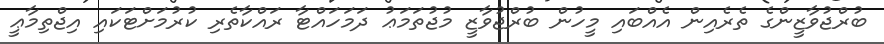
ބުރްޖުވާޒީންގެ ތެރެއިން އެއްބައި މީހުން ބުރްޖުވާޒީ މުޖުތަމަޢު ދަމަހައްޓާ ރައްކާތެރި ކުރުމަށްޓަކައި އިޖްތިމާޢީ